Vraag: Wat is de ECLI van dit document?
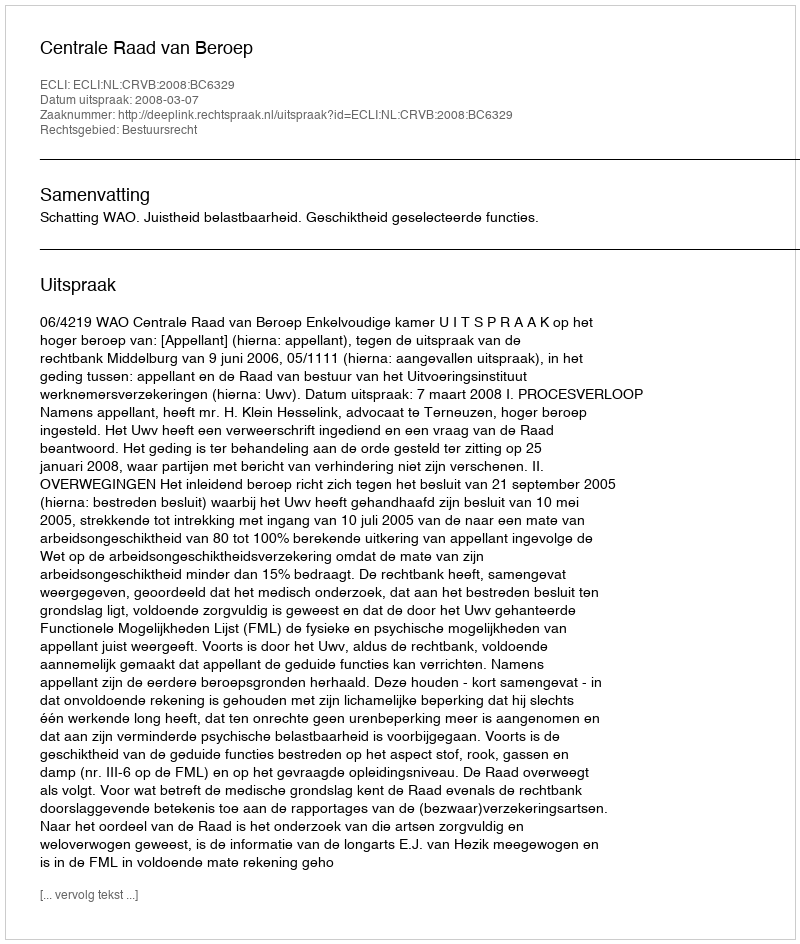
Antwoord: ECLI:NL:CRVB:2008:BC6329